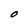
Character: O